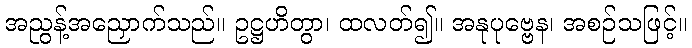
အညွန့်အညှောက်သည်။ ဥဋ္ဌဟိတွာ၊ ထလတ်၍။ အနုပုဗ္ဗေန၊ အစဉ်သဖြင့်။